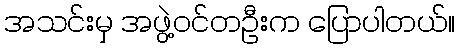
အသင်းမှ အဖွဲ့ဝင်တဦးက ပြောပါတယ်။